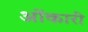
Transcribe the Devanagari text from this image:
ओंकारी